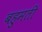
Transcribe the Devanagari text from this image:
बहुमती